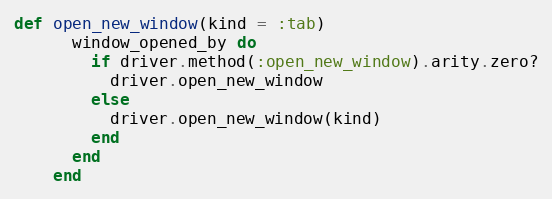
Language: Ruby
def open_new_window(kind = :tab)
      window_opened_by do
        if driver.method(:open_new_window).arity.zero?
          driver.open_new_window
        else
          driver.open_new_window(kind)
        end
      end
    end